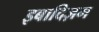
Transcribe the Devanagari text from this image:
इबादिज़म